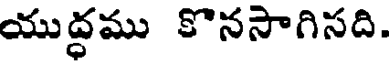
యుద్ధము కొనసాగిసది.